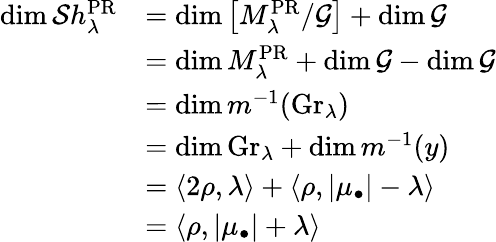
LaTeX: \begin{array}{rl}{\mathrm{dim}\, \mathcal{S}h_{\lambda}^{\mathrm{PR}}}&{=\mathrm{dim}\, \big[M_{\lambda}^{\mathrm{PR}}/\mathcal{G}\big]+\mathrm{dim}\, \mathcal{G}}\\ &{=\mathrm{dim}\, M_{\lambda}^{\mathrm{PR}}+\mathrm{dim}\, \mathcal{G}-\mathrm{dim}\, \mathcal{G}}\\ &{=\mathrm{dim}\, m^{-1}(\mathrm{Gr}_{\lambda})}\\ &{=\mathrm{dim}\, \mathrm{Gr}_{\lambda}+\mathrm{dim}\, m^{-1}(y)}\\ &{=\langle 2\rho,\lambda\rangle+\langle\rho,|\mu_{\bullet}|-\lambda\rangle}\\ &{=\langle\rho,|\mu_{\bullet}|+\lambda\rangle}\end{array}